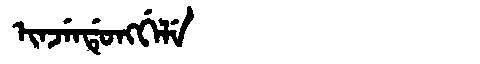
Manchu: ᡳᠨᠵᡝᠨᡩᡠᠩᡤᡝᠯᡝ
Romanization: INJENDUNGGELE